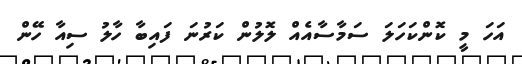
އަހަ މީ ކޮންކަހަލަ ސަމާސާއެއް ލޮލުން ކަރުނަ ފައިބާ ހާލު ސިއާ ހޭން